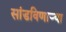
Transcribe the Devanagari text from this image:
सांडविणाऱ्या